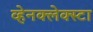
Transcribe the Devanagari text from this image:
व्हेनक्लेक्स्टा